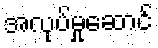
အလုပ်မှုဆောင်